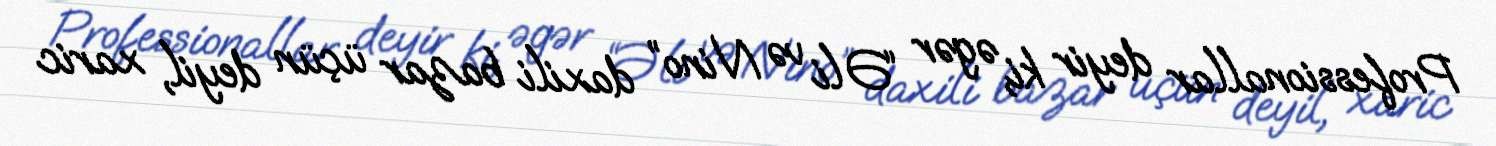
Professionallar deyir ki, əgər “Əli və Nino” daxili bazar üçün deyil, xaric